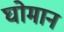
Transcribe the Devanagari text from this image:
घोमान